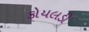
કોયલડી